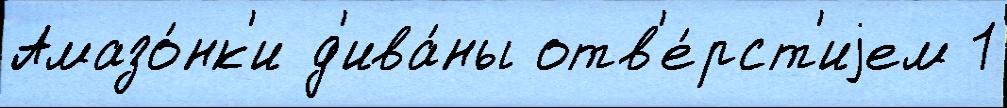
Амазо́нк'и д'ива́ны отв'е́рст'иjем 1